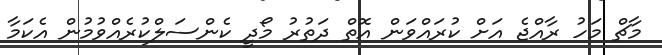
މާޗް މަހު ރާއްޖެ އަށް ކުރައްވަން އޮތް ދަތުރު މޯދީ ކެންސަލްކުރެއްވުމުން އެކަމާ